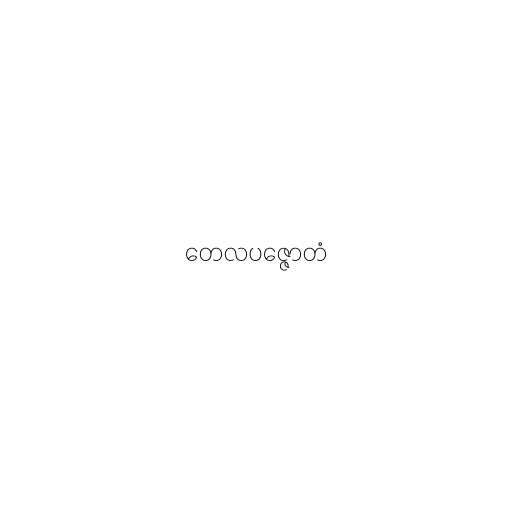
တေလပဇ္ဇောတံ